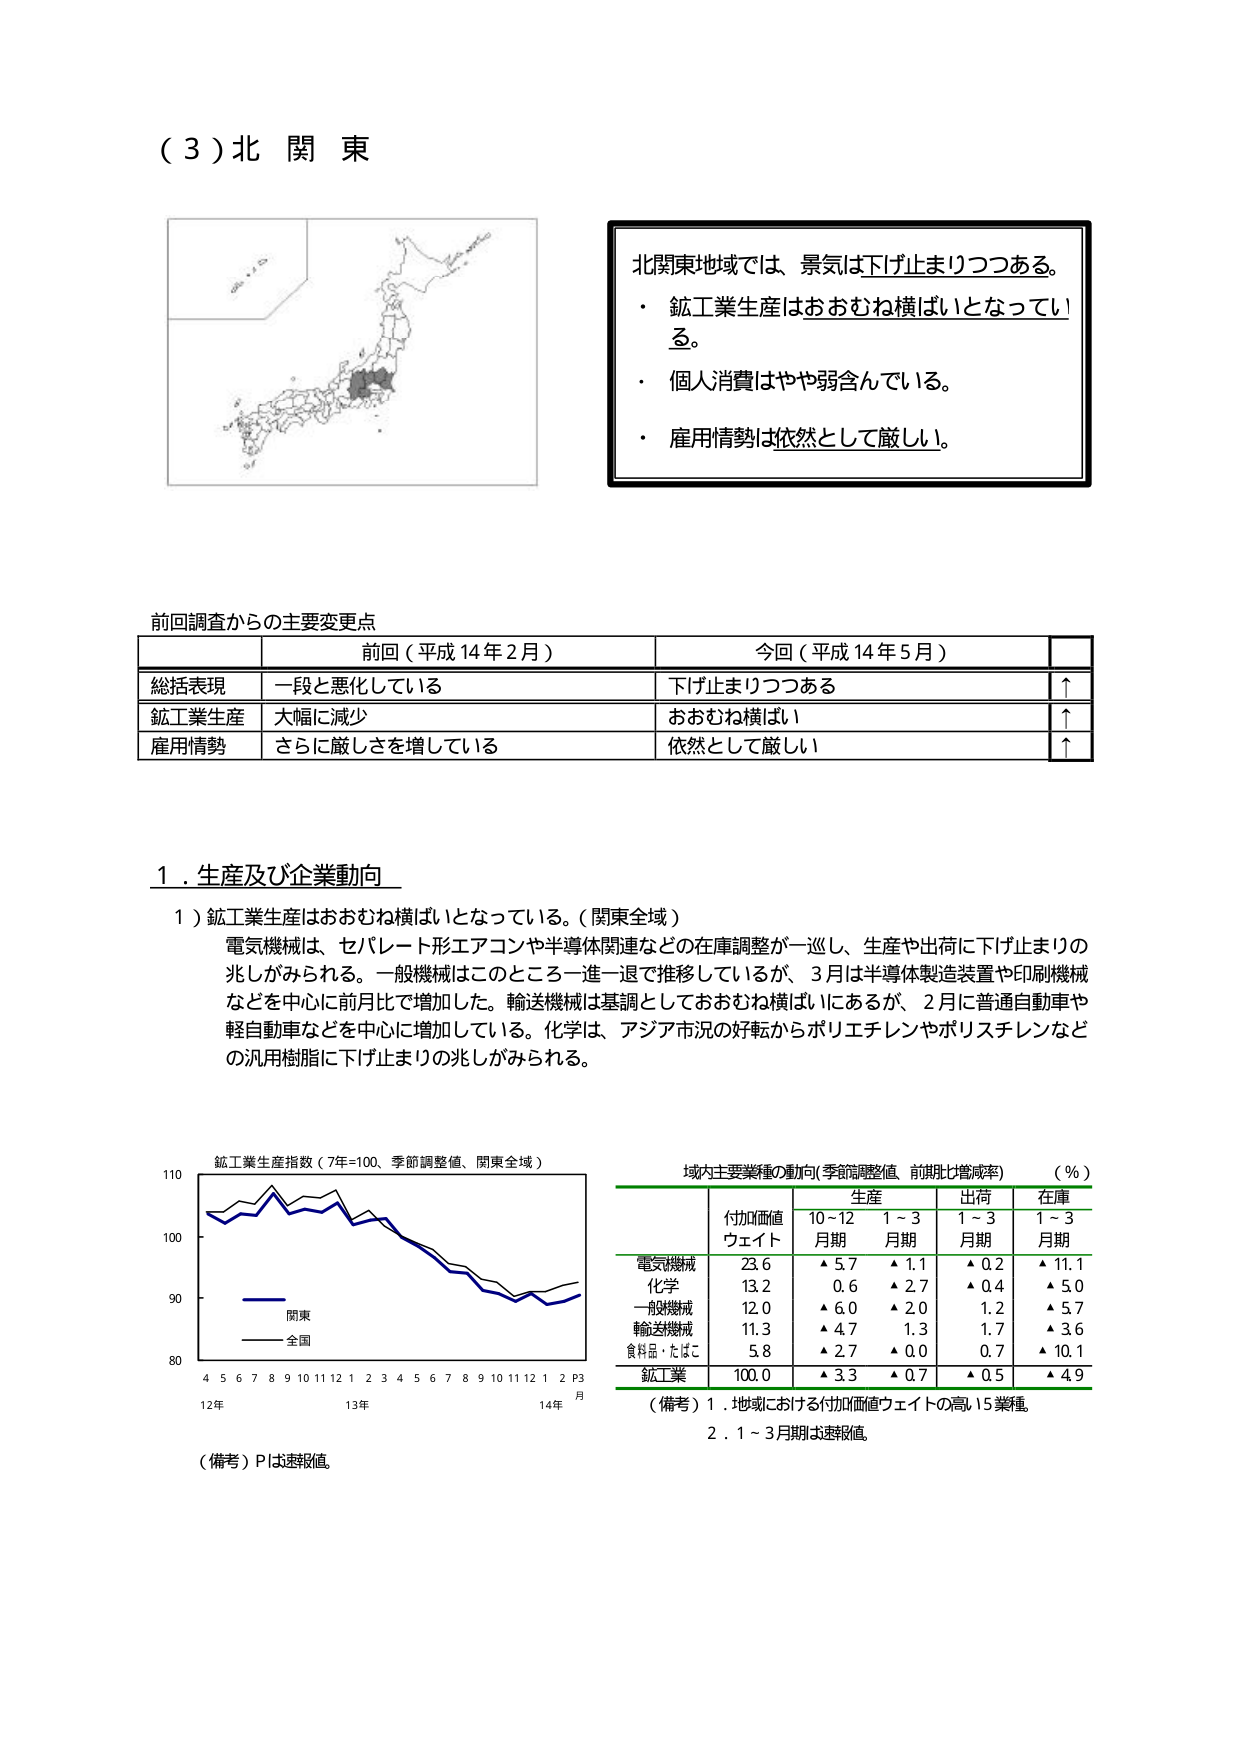
（３）北関東

北関東地域では、景気は下げ止まりつつある。
・ 鉱工業生産はおおむね横ばいとなっている。
・ 個人消費はやや弱含んでいる。
・ 雇用情勢は依然として厳しい。

前回調査からの主要変更点
前回（平成14年2月） 今回（平成14年5月）
総括表現 一段と悪化している 下げ止まりつつある ↑
鉱工業生産 大幅に減少 おおむね横ばい ↑
雇用情勢 さらに厳しさを増している 依然として厳しい ↑

１．生産及び企業動向
１）鉱工業生産はおおむね横ばいとなっている。（関東全域）
電気機械は、セパレート形エアコンや半導体関連などの在庫調整が一巡し、生産や出荷に下げ止まりの兆しがみられる。一般機械はこのところ一進一退で推移しているが、3月は半導体製造装置や印刷機械などを中心に前月比で増加した。輸送機械は基調としておおむね横ばいにあるが、2月に普通自動車や軽自動車などを中心に増加している。化学は、アジア市況の好転からポリエチレンやポリスチレンなどの汎用樹脂に下げ止まりの兆しがみられる。

鉱工業生産指数（7年=100、季節調整値、関東全域）
（備考）Pは速報値。

域内主要業種の動向（季節調整値、前期比増減率）（％）
付加価値
ウェイト 生産 出荷 在庫
10～12月期 1～3月期 1～3月期 1～3月期
電気機械 23.6 ▲5.7 ▲1.1 ▲0.2 ▲11.1
化学 13.2 0.6 ▲2.7 ▲0.4 ▲5.0
一般機械 12.0 ▲6.0 ▲2.0 1.2 ▲5.7
輸送機械 11.3 ▲4.7 1.3 1.7 ▲3.6
食料品・たばこ 5.8 ▲2.7 ▲0.0 0.7 ▲10.1
鉱工業 100.0 ▲3.3 ▲0.7 ▲0.5 ▲4.9
（備考）1．地域における付加価値ウェイトの高い5業種。
2．1～3月期は速報値。